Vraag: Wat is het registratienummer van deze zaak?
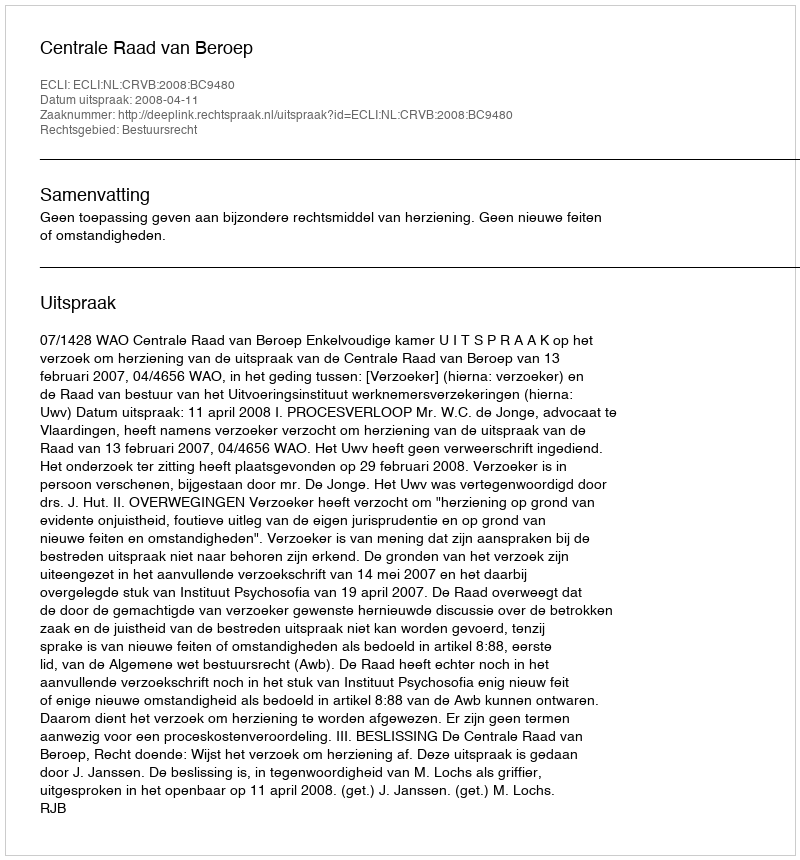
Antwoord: http://deeplink.rechtspraak.nl/uitspraak?id=ECLI:NL:CRVB:2008:BC9480